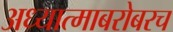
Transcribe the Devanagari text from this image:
अध्यात्माबरोबरच